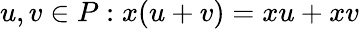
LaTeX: u,v\in P:x(u+v)=xu+xv